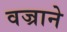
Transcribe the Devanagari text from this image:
वज्राने